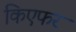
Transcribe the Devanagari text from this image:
किएफर